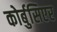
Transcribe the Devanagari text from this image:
कोर्बुसिएर